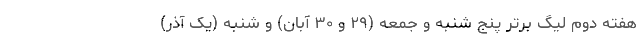
هفته دوم لیگ برتر پنج شنبه و جمعه (۲۹ و ۳۰ آبان) و شنبه (یک آذر)